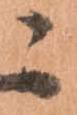
ニ